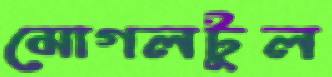
মোগলটুল